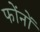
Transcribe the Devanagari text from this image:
फोंनों